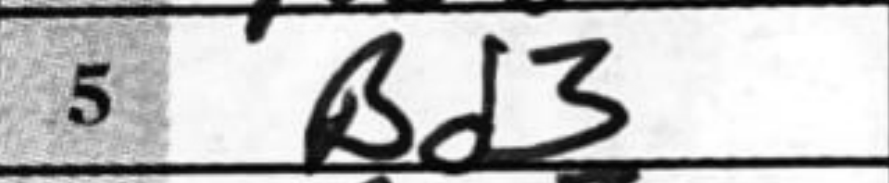
Transcription: Bd3